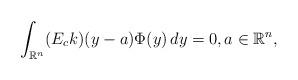
LaTeX: \begin{align*} \int_{\mathbb R^n} (E_c k)(y-a) \Phi(y) \, dy = 0, a \in \mathbb R^n,\end{align*}